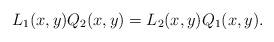
LaTeX: \begin{align*} L_1(x, y) Q_2 (x, y) = L_2(x, y) Q_1(x, y). \end{align*}